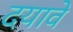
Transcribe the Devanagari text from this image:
दयावे